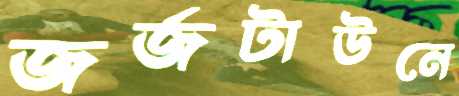
জর্জটাউনে